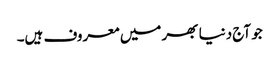
جو آج دنیا بھر میں معروف ہیں۔